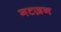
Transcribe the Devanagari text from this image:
गटज़न